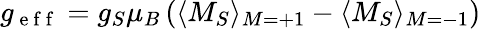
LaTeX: g_{\mathrm{~e~f~f~}}=g_{S}\mu_{B}\left(\langle M_{S}\rangle_{M=+1}-\langle M_{S}\rangle_{M=-1}\right)